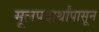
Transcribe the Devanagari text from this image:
मूलपदार्थांपासून